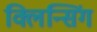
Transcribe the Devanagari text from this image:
क्लिन्सिंग